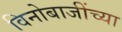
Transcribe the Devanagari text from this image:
विनोबाजींच्या